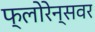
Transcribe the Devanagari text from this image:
फ्लोरेन्सवर